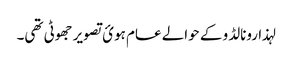
لہذا رونالڈو کے حوالے عام ہوئ تصویر جھوٹی تھی۔